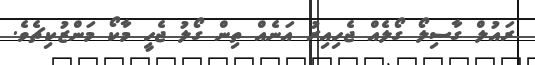
ރައުލް ގާސިލޯ ގޯލެއް ޖެހިއިރު އަނެއް ތިން ގޯލު ޖެހީ މާކޯ މަންޒުކިޗެވެ.